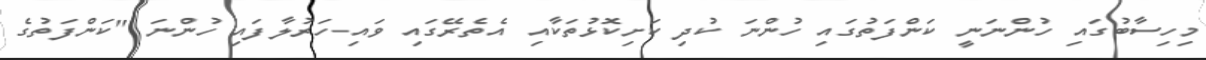
މިހިސާބުގައި ހުންނަނީ ކަންފަތުގައި ހުންނަ ކުދި ކަށިކޮޅުތަކާއި އެތެރޭގައި ވައި-ހަރުލާފައި ހުންނަ "ކަންފަތުގެ